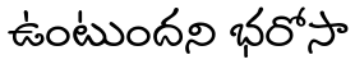
ఉంటుందని భరోసా